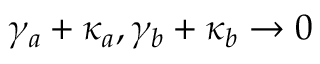
\gamma _ { a } + \kappa _ { a } , \gamma _ { b } + \kappa _ { b } \rightarrow 0